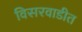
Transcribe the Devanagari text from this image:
विसरवाडीत